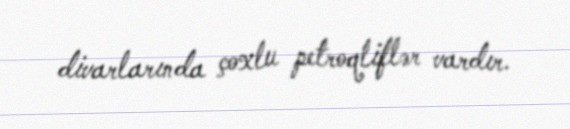
divarlarında çoxlu petroqliflər vardır.